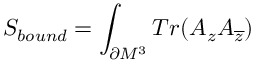
S _ { b o u n d } = \int _ { \partial M ^ { 3 } } T r ( A _ { z } A _ { \overline { { { z } } } } )